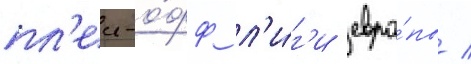
пл'еи-о́фф л'и́г'и евро́пы /